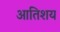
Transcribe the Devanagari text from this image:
आतिशय